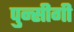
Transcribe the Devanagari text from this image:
पुन्सीगी